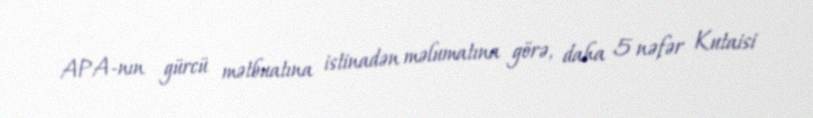
APA-nın gürcü mətbuatına istinadən məlumatına görə, daha 5 nəfər Kutaisi